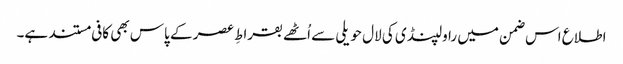
اطلاع اس ضمن میں راولپنڈی کی لال حویلی سے اُٹھے بقراطِ عصر کے پاس بھی کافی مستند ہے۔